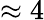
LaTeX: \approx 4